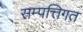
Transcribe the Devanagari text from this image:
सम्पत्तिगत